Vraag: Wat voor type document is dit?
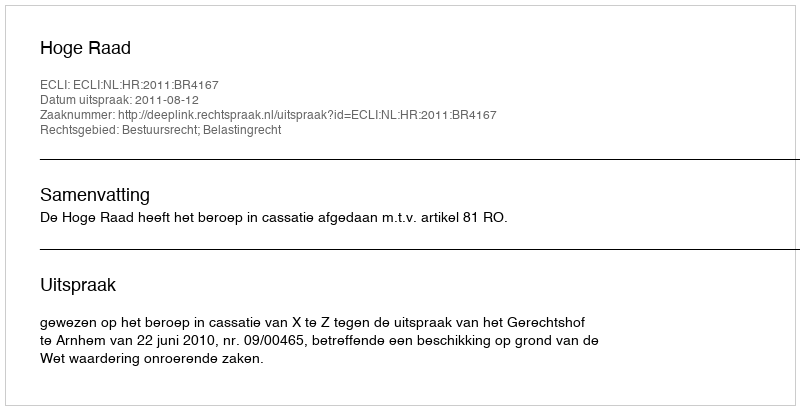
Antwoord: Uitspraak